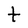
Character: t